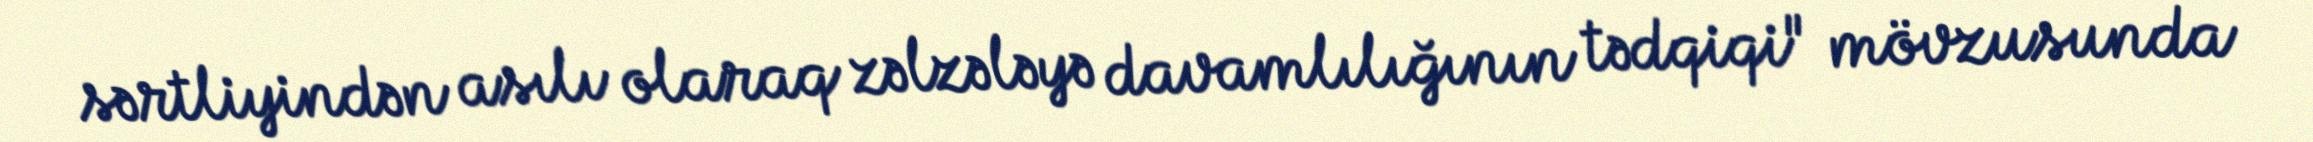
sərtliyindən asılı olaraq zəlzələyə davamlılığının tədqiqi" mövzusunda